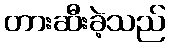
တားဆီးခဲ့သည်